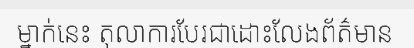
ម្នាក់នេះ តុលាការបែរជាដោះលែងព័ត៌មាន